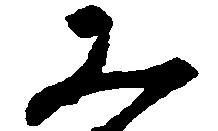
み